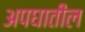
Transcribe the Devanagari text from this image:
अपघातील